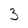
Character: 3